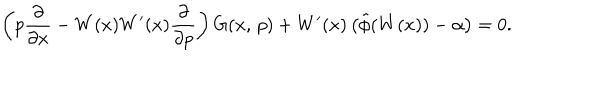
\left( p \frac { \partial } { \partial x } - W ( x ) W ^ { \prime } ( x ) \frac { \partial } { \partial p } \right) G ( x , \, p ) + W ^ { \prime } ( x ) \left( \tilde { \phi } ( W ( x ) ) - \alpha \right) = 0 .